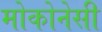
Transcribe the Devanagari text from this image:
मोकोनेसी